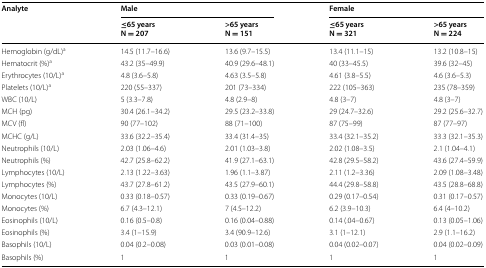
<table><thead><tr><td rowspan="2"><b>Analyte</b></td><td colspan="2"><b>Male</b></td><td colspan="2"><b>Female</b></td></tr><tr><td><b>≤65 yearsN = 207</b></td><td><b>&gt;65 yearsN = 151</b></td><td><b>≤65 yearsN = 321</b></td><td><b>&gt;65 yearsN = 224</b></td></tr></thead><tbody><tr><td>Hemoglobin (g/dL)<sup>a</sup></td><td>14.5 (11.7–16.6)</td><td>13.6 (9.7–15.5)</td><td>13.4 (11.1–15)</td><td>13.2 (10.8–15)</td></tr><tr><td>Hematocrit (%)<sup>a</sup></td><td>43.2 (35–49.9)</td><td>40.9 (29.6–48.1)</td><td>40 (33–45.5)</td><td>39.6 (32–45)</td></tr><tr><td>Erythrocytes (10/L)<sup>a</sup></td><td>4.8 (3.6–5.8)</td><td>4.63 (3.5–5.8)</td><td>4.61 (3.8–5.5)</td><td>4.6 (3.6–5.3)</td></tr><tr><td>Platelets (10/L)<sup>a</sup></td><td>220 (55–337)</td><td>201 (73–334)</td><td>222 (105–363)</td><td>235 (78–359)</td></tr><tr><td>WBC (10/L)</td><td>5 (3.3–7.8)</td><td>4.8 (2.9–8)</td><td>4.8 (3–7)</td><td>4.8 (3–7)</td></tr><tr><td>MCH (pg)</td><td>30.4 (26.1–34.2)</td><td>29.5 (23.2–33.8)</td><td>29 (24.7–32.6)</td><td>29.2 (25.6–32.7)</td></tr><tr><td>MCV (fl)</td><td>90 (77–102)</td><td>88 (71–100)</td><td>87 (75–99)</td><td>87 (77–97)</td></tr><tr><td>MCHC (g/L)</td><td>33.6 (32.2–35.4)</td><td>33.4 (31.4–35)</td><td>33.4 (32.1–35.2)</td><td>33.3 (32.1–35.3)</td></tr><tr><td>Neutrophils (10/L)</td><td>2.03 (1.06–4.6)</td><td>2.01 (1.03–3.8)</td><td>2.02 (1.08–3.5)</td><td>2.1 (1.04–4.1)</td></tr><tr><td>Neutrophils (%)</td><td>42.7 (25.8–62.2)</td><td>41.9 (27.1–63.1)</td><td>42.8 (29.5–58.2)</td><td>43.6 (27.4–59.9)</td></tr><tr><td>Lymphocytes (10/L)</td><td>2.13 (1.22–3.63)</td><td>1.96 (1.1–3.87)</td><td>2.11 (1.2–3.36)</td><td>2.09 (1.08–3.48)</td></tr><tr><td>Lymphocytes (%)</td><td>43.7 (27.8–61.2)</td><td>43.5 (27.9–60.1)</td><td>44.4 (29.8–58.8)</td><td>43.5 (28.8–68.8)</td></tr><tr><td>Monocytes (10/L)</td><td>0.33 (0.18–0.57)</td><td>0.33 (0.19–0.67)</td><td>0.29 (0.17–0.54)</td><td>0.31 (0.17–0.57)</td></tr><tr><td>Monocytes (%)</td><td>6.7 (4.3–12.1)</td><td>7 (4.5–12.2)</td><td>6.2 (3.9–10.3)</td><td>6.4 (4–10.2)</td></tr><tr><td>Eosinophils (10/L)</td><td>0.16 (0.5–0.8)</td><td>0.16 (0.04–0.88)</td><td>0.14 (.04–0.67)</td><td>0.13 (0.05–1.06)</td></tr><tr><td>Eosinophils (%)</td><td>3.4 (1–15.9)</td><td>3.4 (90.9–12.6)</td><td>3.1 (1–12.1)</td><td>2.9 (1.1–16.2)</td></tr><tr><td>Basophils (10/L)</td><td>0.04 (0.2–0.08)</td><td>0.03 (0.01–0.08)</td><td>0.04 (0.02–0.07)</td><td>0.04 (0.02–0.09)</td></tr><tr><td>Basophils (%)</td><td>1</td><td>1</td><td>1</td><td>1</td></tr></tbody></table>